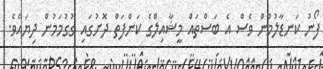
ފޯނު ކަނޑާލުމުން ވެސް އެ ބަސްތައް މީޝާއިލްގެ ކަންފަތް ދޮށުގައި ގުގުމަމުން ދިޔައެވެ.